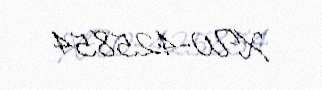
XW-425854